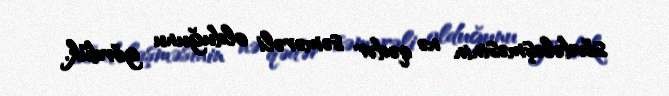
sövdələşməsinin nə qədər səmərəli olduğunu gördük.